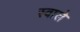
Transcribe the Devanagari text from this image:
स्वाले